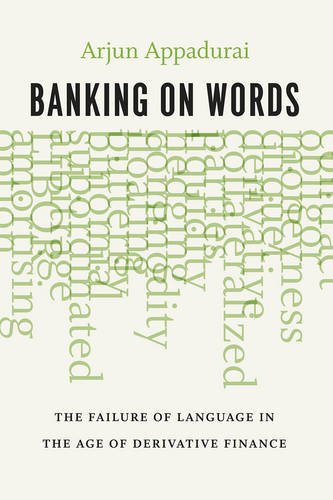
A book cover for Banking on Words: The Failure of Language in the Age of Derivative Finance; Arjun Appadurai; Business & Money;